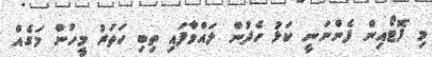
މި ފޮޓޯއިން ފެންނަނީ ކަޅު ހެދުން ލައްވާފައި ތިބި ހަތަރު މީހުން މަގެއް